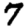
Digit: 7